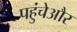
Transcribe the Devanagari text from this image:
पहुंचेऔर